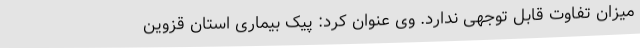
میزان تفاوت قابل توجهی ندارد. وی عنوان کرد: پیک بیماری استان قزوین